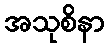
အသုစိနာ